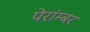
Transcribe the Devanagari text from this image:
पेरांम्बर